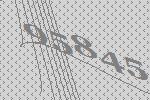
95845